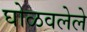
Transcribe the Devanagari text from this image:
घोळवलेले